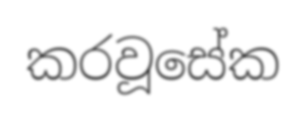
කරවූසේක